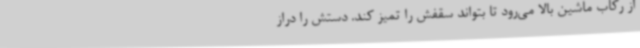
از رکاب ماشین بالا می‌رود تا بتواند سقفش را تمیز کند. دستش را دراز